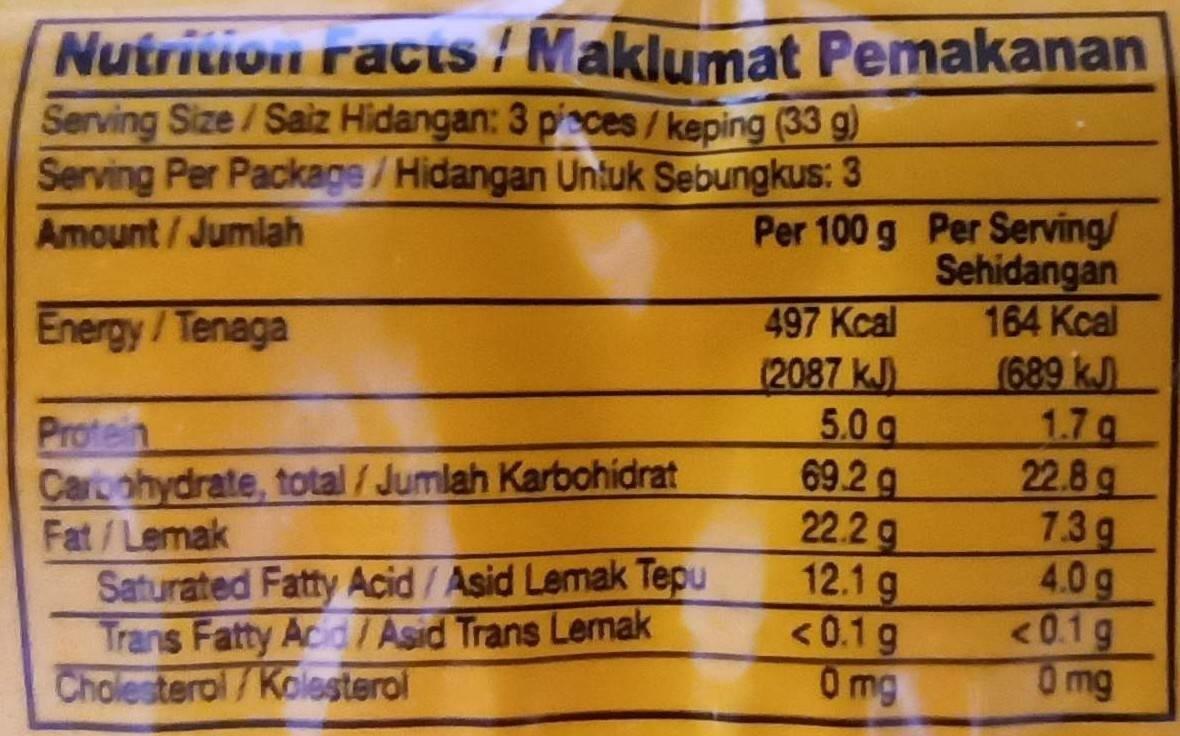
Nutrition Facis / Maklumat Pemakanan Serving Size/Saiz Hidangan: 3 pi>ces/keping (33 g) Serving Per Package/Hidangan Untuk Sebungkus: 3 Per 100 g Per Serving/ Sehidangan 164 Kcal (689 kJ 1.7 g 22.8 g 73g 4.0 g <0.1g Omg Amount/Jumlah 497 Kcal (2087 kJ) 5.0 g 69.2 g 22.2 g 12.1 g <0.1 g 0 mg Energy/Tenaga Protein Carbohydrate, total / Jumlah Karbohidrat Fat/Lemak Saturated Fatty Acid/Asid Lemak Tepu Trans Fatty Acid/Asid Trans Lemak Cholesterol/Kolesterol